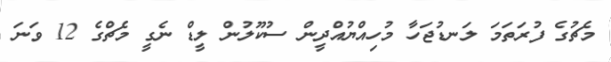
މެޗުގެ ފުރަތަމަ ލަނޑުޖަހާ މުހިއްޔުއްދީން ސުކޫލުން ލީޑް ނެގީ މެޗްގެ 12 ވަނަ